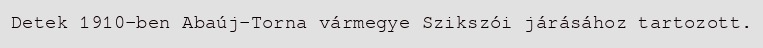
Detek 1910-ben Abaúj-Torna vármegye Szikszói járásához tartozott.